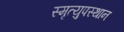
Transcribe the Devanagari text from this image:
स्मृत्युपस्थान